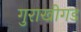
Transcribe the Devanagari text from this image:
गुराखीगड